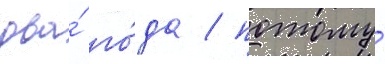
два́ го́да / потому́